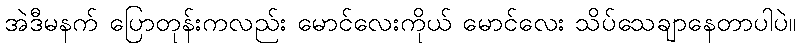
အဲဒီမနက် ပြောတုန်းကလည်း မောင်လေးကိုယ် မောင်လေး သိပ်သေချာနေတာပါပဲ။